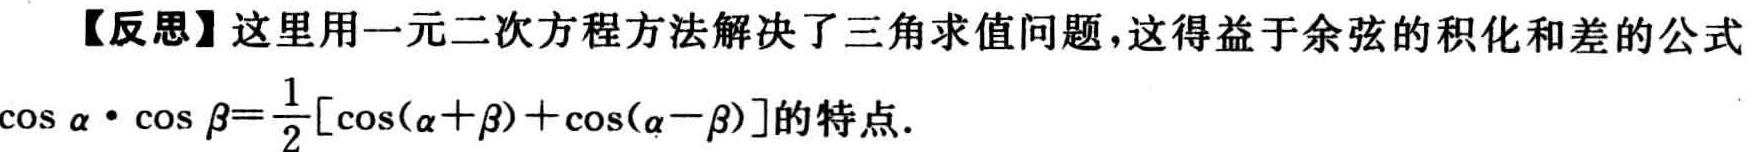
【反思】这里用一元二次方程方法解决了三角求值问题，这得益于余弦的积化和差的公式

\(\cos\alpha\cdot\cos\beta = \frac{1}{2}[\cos(\alpha + \beta)+\cos(\alpha - \beta)]\)的特点.